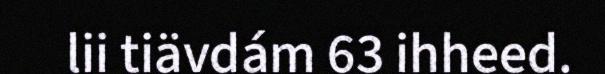
lii tiävdám 63 ihheed.